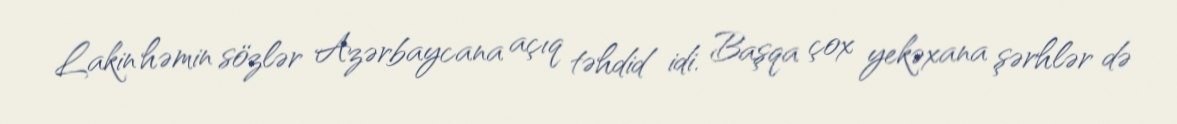
Lakin həmin sözlər Azərbaycana açıq təhdid idi. Başqa çox yekəxana şərhlər də